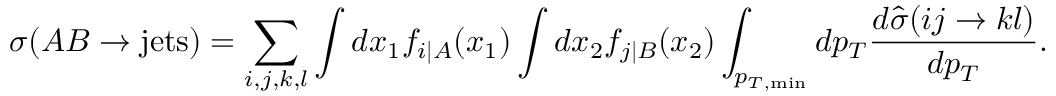
\sigma ( A B \rightarrow \mathrm { j e t s } ) = \sum _ { i , j , k , l } \int d x _ { 1 } f _ { i | A } ( x _ { 1 } ) \int d x _ { 2 } f _ { j | B } ( x _ { 2 } ) \int _ { p _ { T , \mathrm { m i n } } } d p _ { T } \frac { d \hat { \sigma } ( i j \rightarrow k l ) } { d p _ { T } } .